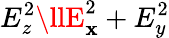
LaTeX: E_{z}^{2}\llE_{\mathbf{x}}^{2}+E_{y}^{2}